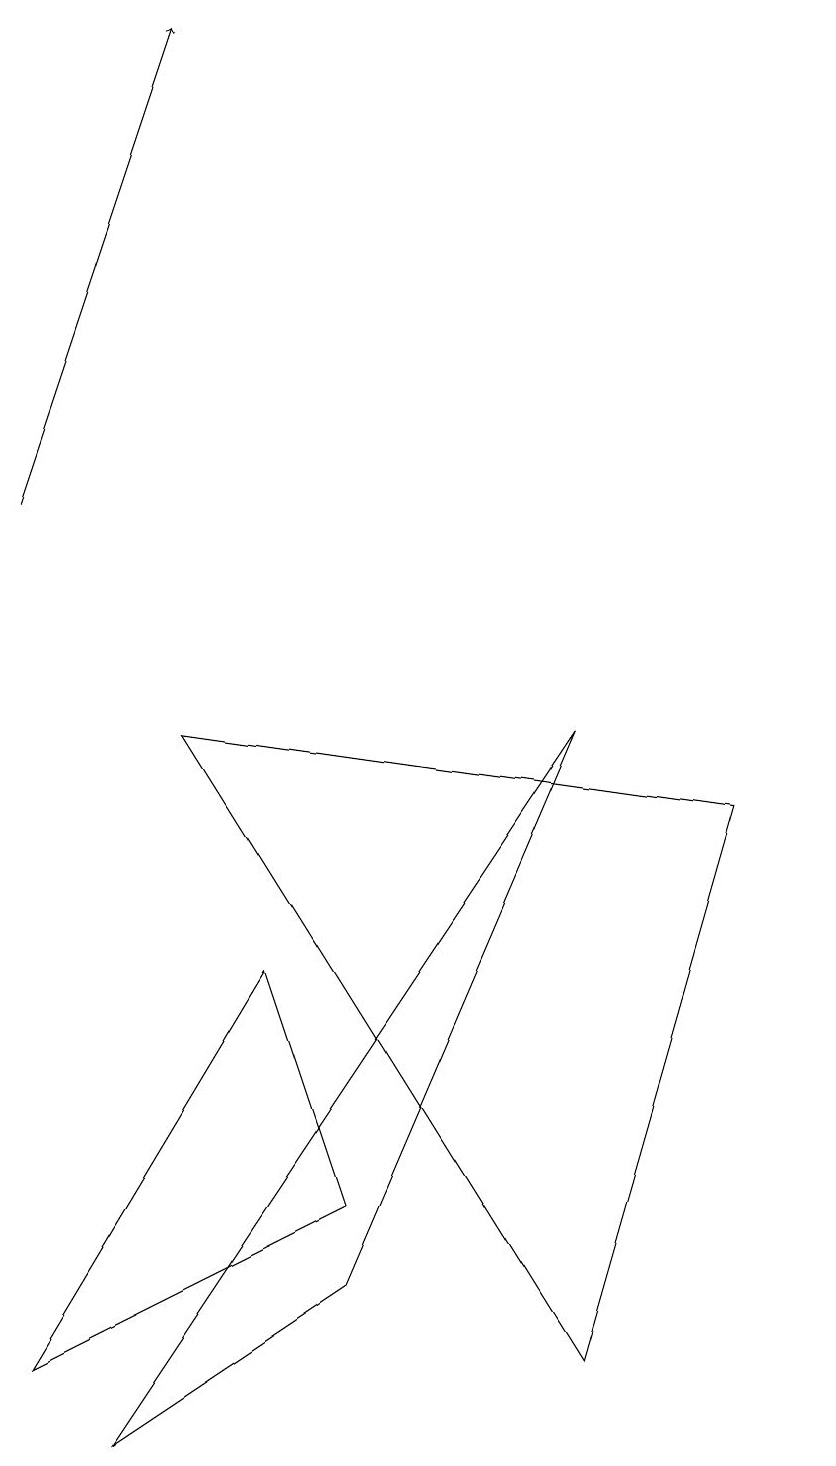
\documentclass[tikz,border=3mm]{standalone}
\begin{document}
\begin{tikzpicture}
\draw (4,3) -- (3,6) -- (0,1) -- cycle;
\draw[->] (0,12) -- (2,18);
\draw (2,9) -- (7,1) -- (9,8) -- cycle;
\draw (10,12) circle (0);
\draw (7,9) -- (4,2) -- (1,0) -- cycle;
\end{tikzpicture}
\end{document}